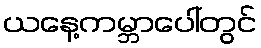
ယနေ့ကမ္ဘာပေါ်တွင်